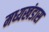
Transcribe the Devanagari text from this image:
मध्यखंडास